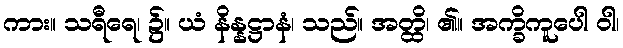
ကား။ သရီရေ၊ ၌။ ယံ နိန္နဋ္ဌာနံ၊ သည်။ အတ္ထိ၊ ၏။ အက္ခိကူပေါ ဝါ၊